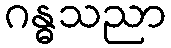
ဂန္ဓသညာ